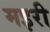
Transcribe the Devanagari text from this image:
मइरी